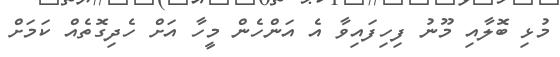
މުޅި ބޮލާއި މޫނު ފިހިފައިވާ އެ އަންހެން މީހާ އަށް ހެދިގޮތެއް ކަމަށް